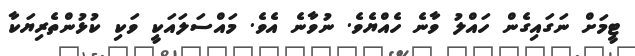
ޓީމަށް ނަގައިގެން ހައްލު ވާނެ ހެއްޔެވެ. ނުވާނެ އެވެ. މައްސަލައަކީ ވަކި ކުޅުންތެރިޔަކާ